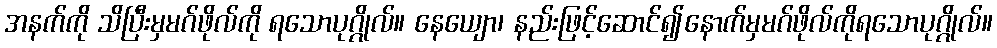
အနက်ကို သိပြီးမှမဂ်ဖိုလ်ကို ရသောပုဂ္ဂိုလ်။ နေယျော၊ နည်းဖြင့်ဆောင်၍နောက်မှမဂ်ဖိုလ်ကိုရသောပုဂ္ဂိုလ်။